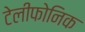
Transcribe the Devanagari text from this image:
टेलीफोनिक